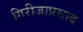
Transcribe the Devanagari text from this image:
गिरीजाप्रसाद